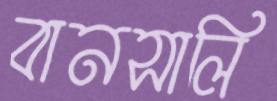
বানসালি